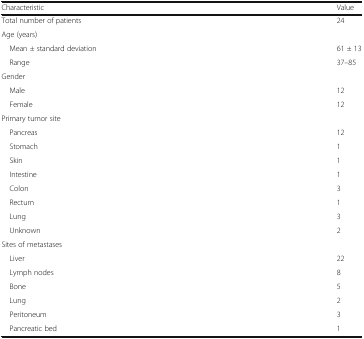
| Characteristic | Value |
 | --- | --- |
 | Total number of patients | 24 |
 | Age (years) |  |
 | Mean ± standard deviation | 61 ± 13 |
 | Range | 37–85 |
 | Gender |  |
 | Male | 12 |
 | Female | 12 |
 | Primary tumor site |  |
 | Pancreas | 12 |
 | Stomach | 1 |
 | Skin | 1 |
 | Intestine | 1 |
 | Colon | 3 |
 | Rectum | 1 |
 | Lung | 3 |
 | Unknown | 2 |
 | Sites of metastases |  |
 | Liver | 22 |
 | Lymph nodes | 8 |
 | Bone | 5 |
 | Lung | 2 |
 | Peritoneum | 3 |
 | Pancreatic bed | 1 |